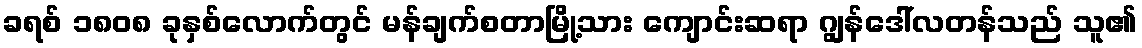
ခရစ် ၁၈၀၈ ခုနှစ်လောက်တွင် မန်ချက်စတာမြို့သား ကျောင်းဆရာ ဂျွန်ဒေါ်လတန်သည် သူ၏